Indian journal of veterinary science and animal husbandry - Volume 5,
Year: 1935
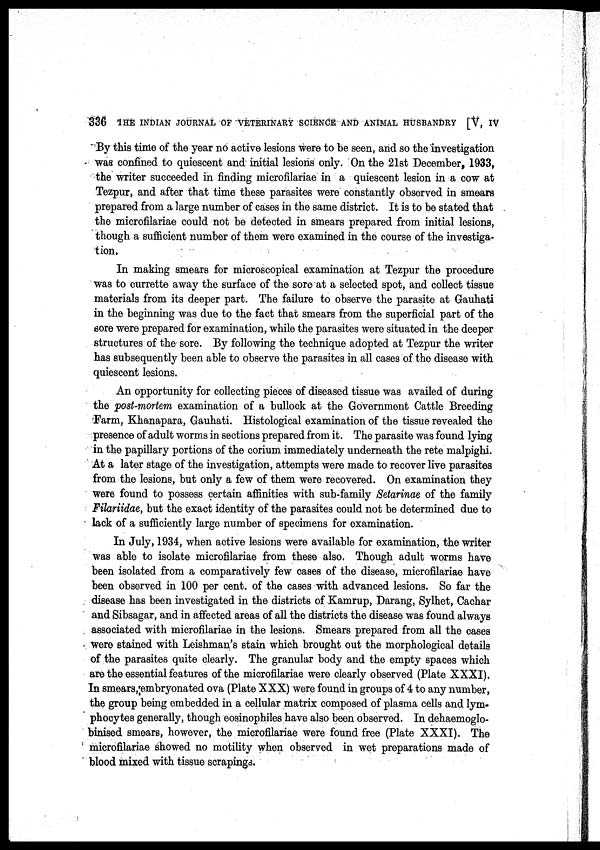
336 THE INDIAN JOURNAL OF VETERINARY SCIENCE AND ANIMAL HUSBANDRY [V, IV
By this time of the year no active lesions were to be seen, and so the investigation
was confined to quiescent and initial lesions only. On the 21st December, 1933,
the writer succeeded in finding microfilariae in a quiescent lesion in a cow at
Tezpur, and after that time these parasites were constantly observed in smears
prepared from a large number of cases in the same district. It is to be stated that
the microfilariae could not be detected in smears prepared from initial lesions,
though a sufficient number of them were examined in the course of the investiga-
tion.
In making smears for microscopical examination at Tezpur the procedure
was to currette away the surface of the sore at a selected spot, and collect tissue
materials from its deeper part. The failure to observe the parasite at Gauhati
in the beginning was due to the fact that smears from the superficial part of the
sore were prepared for examination, while the parasites were situated in the deeper
structures of the sore. By following the technique adopted at Tezpur the writer
has subsequently been able to observe the parasites in all cases of the disease with
quiescent lesions.
An opportunity for collecting pieces of diseased tissue was availed of during
the post-mortem examination of a bullock at the Government Cattle Breeding
Farm, Khanapara, Gauhati. Histological examination of the tissue revealed the
presence of adult worms in sections prepared from it. The parasite was found lying
in the papillary portions of the corium immediately underneath the rete malpighi.
At a later stage of the investigation, attempts were made to recover live parasites
from the lesions, but only a few of them were recovered. On examination they
were found to possess certain affinities with sub-family Setarinae of the family
Filariidae, but the exact identity of the parasites could not be determined due to
lack of a sufficiently large number of specimens for examination.
In July, 1934, when active lesions were available for examination, the writer
was able to isolate microfilariae from these also. Though adult worms have
been isolated from a comparatively few cases of the disease, microfilariae have
been observed in 100 per cent. of the cases with advanced lesions. So far the
disease has been investigated in the districts of Kamrup, Darang, Sylhet, Cachar
and Sibsagar, and in affected areas of all the districts the disease was found always
associated with microfilariae in the lesions. Smears prepared from all the cases
were stained with Leishman's stain which brought out the morphological details
of the parasites quite clearly. The granular body and the empty spaces which
are the essential features of the microfilariae were clearly observed (Plate XXXI).
In smears,embryonated ova (Plate XXX) were found in groups of 4 to any number,
the group being embedded in a cellular matrix composed of plasma cells and lym-
phocytes generally, though eosinophiles have also been observed. In dehaemoglo-
binised smears, however, the microfilariae were found free (Plate XXXI). The
microfilariae showed no motility when observed in wet preparations made of
blood mixed with tissue scrapings.